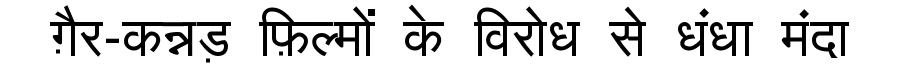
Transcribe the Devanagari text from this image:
ग़ैर-कन्नड़ फ़िल्मों के विरोध से धंधा मंदा